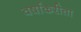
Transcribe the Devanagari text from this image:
वर्षाकरीता